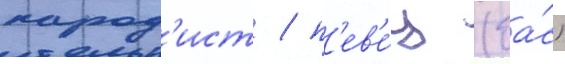
парод'ист / п'ев'е́ц (ба́с)